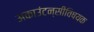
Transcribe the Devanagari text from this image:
अकाउंटन्सीविषयक